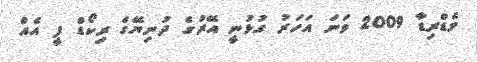
މެޑްރިޑާ 2009 ވަނަ އަހަރު ގުޅުނީ އޭރުގެ ދުނިޔޭގެ ރިކޯޑް ފީ އެއް